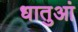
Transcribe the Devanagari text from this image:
धातुआं